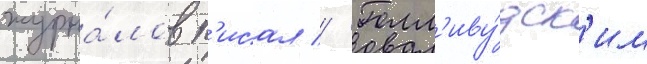
журна́лов п'исал // Голл'иву́дск'им